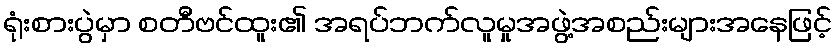
ရုံးစားပွဲမှာ စတီဗင်ထူး၏ အရပ်ဘက်လူမှုအဖွဲ့အစည်းများအနေဖြင့်